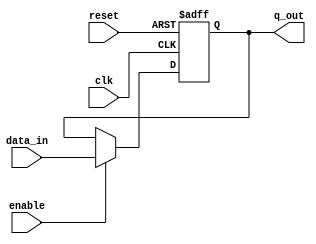
`timescale 1ns / 1ps
//////////////////////////////////////////////////////////////////////////////////
// Company: 
// Engineer: 
// 
// Design Name: 
// Module Name:    Registro_Pipeline 
// Project Name: 
// Target Devices: 
// Tool versions: 
// Description: 
//
// Dependencies: 
//
// Revision: 
// Revision 0.01 - File Created
// Additional Comments: 
//
//////////////////////////////////////////////////////////////////////////////////
module Registro_Pipeline
#(parameter N = 8) // se define el parametro de los bits del registro
	(
		input wire clk,reset, // se define le clock y el reset 
		input wire [N-1:0] data_in, // se define el dato de entrada
		input wire enable, // el enable que solo me carag el dato cuando esta en 1
		output wire [N-1:0] q_out // el dato de salida 
    );
 reg [N-1:0] q_actual ,q_next; // se definen los valores de q actual y q next
                               // para el proceso en lalogica actual y siguente 
// logica actual dependen del clok 
always@(posedge clk, posedge reset)
	if(reset)
		q_actual <= 0; // se incializa q
	else
		q_actual <= q_next; // se actualiza q actual 
// logica siguiente 		
always@*
   begin
	q_next = q_actual;
	if(enable) // si el enable esta activado
	   q_next =  data_in; // se deja pasar el dato
	else 
	   q_next = q_actual; // sino se mantiene las salidas iguales 
	end 
	
assign q_out = q_actual ; // se asigna a la salida el q actual 
endmodule